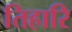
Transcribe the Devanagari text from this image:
तिहारि